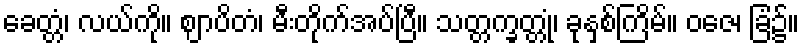
ခေတ္တံ၊ လယ်ကို။ ဈာပိတံ၊ မီးတိုက်အပ်ပြီ။ သတ္တက္ခတ္တုံ၊ ခုနှစ်ကြိမ်။ ဝဇေ၊ ခြံ၌။